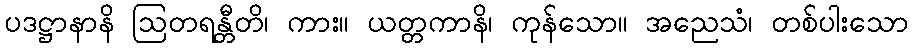
ပဒဋ္ဌာနာနိ ဩတရန္တီတိ၊ ကား။ ယတ္တကာနိ၊ ကုန်သော။ အညေသံ၊ တစ်ပါးသော